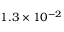
1 . 3 \times 1 0 ^ { - 2 }